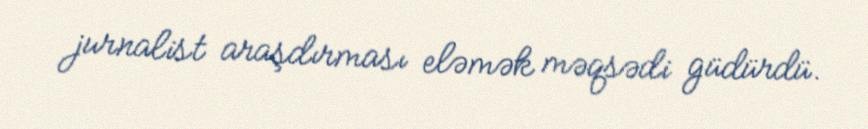
jurnalist araşdırması eləmək məqsədi güdürdü.